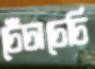
চেঁচাচেচি